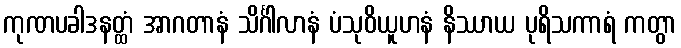
ကုဏပခါဒနတ္ထံ အာဂတာနံ သိင်္ဂါလာနံ ပံသုဝိယူဟနံ နိဿာယ ပုရိသကာရံ ကတွာ